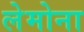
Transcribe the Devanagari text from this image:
लेमोना